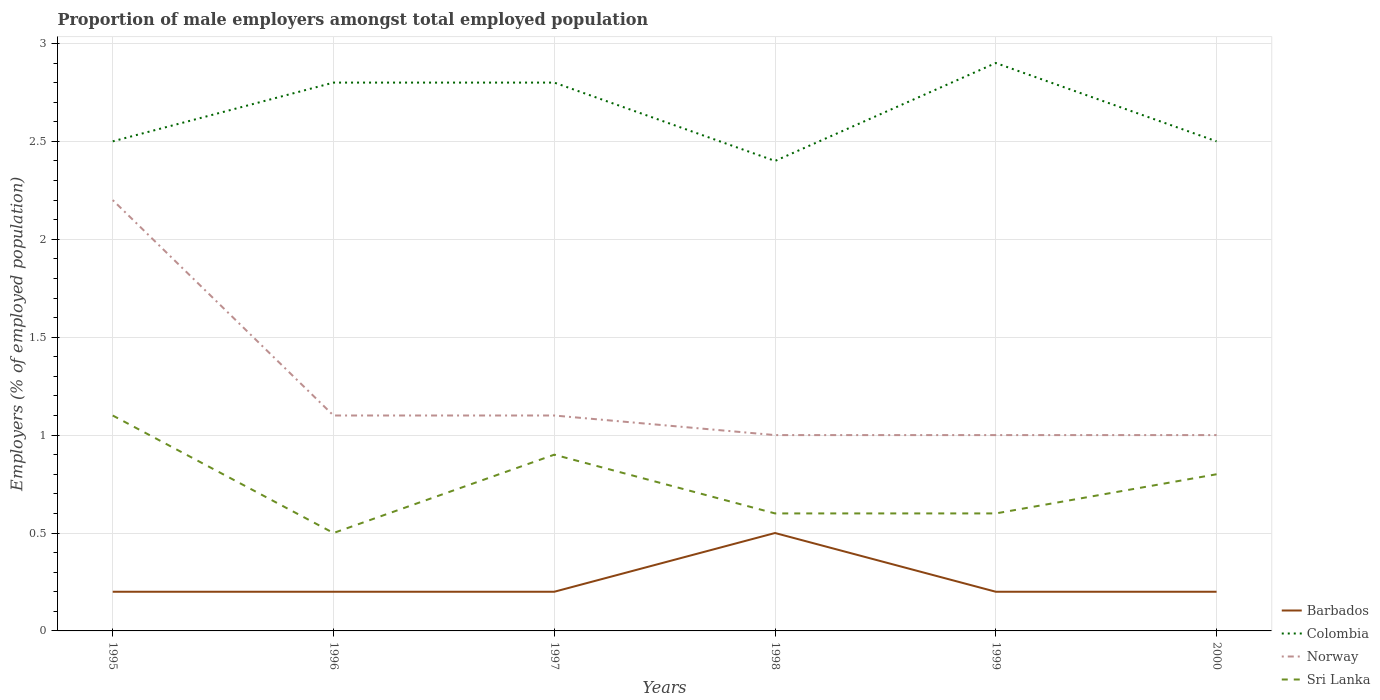
| Years | Barbados | Colombia | Norway | Sri Lanka |
 | --- | --- | --- | --- | --- |
 | 1995 | 0.2 | 2.5 | 2.2 | 1.1 |
 | 1996 | 0.2 | 2.8 | 1.1 | 0.5 |
 | 1997 | 0.2 | 2.8 | 1.1 | 0.9 |
 | 1998 | 0.5 | 2.4 | 1 | 0.6 |
 | 1999 | 0.2 | 2.9 | 1 | 0.6 |
 | 2000 | 0.2 | 2.5 | 1 | 0.8 |